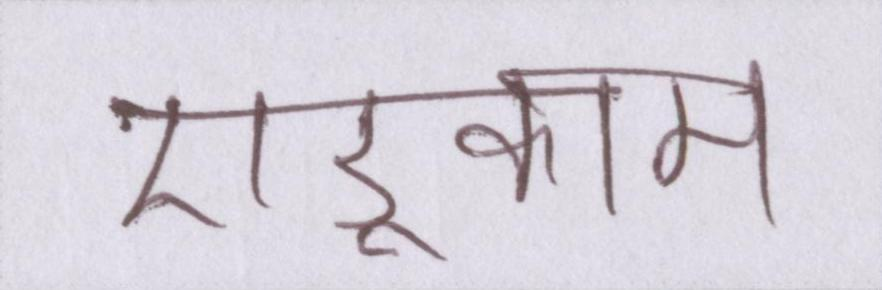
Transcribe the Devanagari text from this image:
एडूकाम